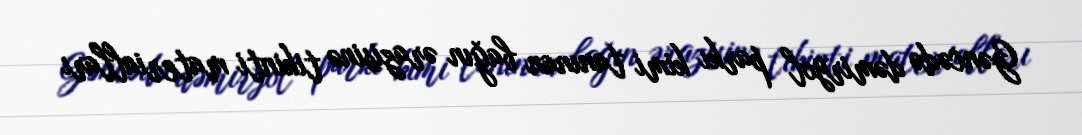
Gəncədə dəmiryol parkı kimi tanınan bağın ərazisinə tikinti materialları